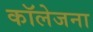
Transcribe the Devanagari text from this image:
कॉलेजना